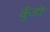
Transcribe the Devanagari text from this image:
कुँडी